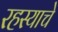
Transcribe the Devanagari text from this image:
रहस्याचे